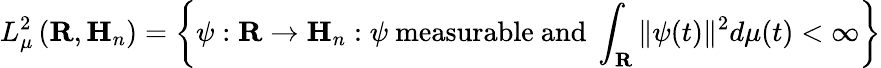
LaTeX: L_{\mu}^{2}\left(\mathbf{R},\mathbf{H}_{n}\right)=\left\{ \psi:\mathbf{R}\to\mathbf{H}_{n}:\psi{\mathrm{~measurable~and~}}\int_{\mathbf{R}}\| \psi(t)\| ^{2}d\mu(t)<\infty\right\}